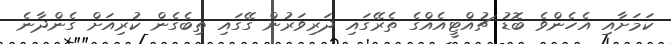
ކަމަށާއި އެހެންވެ ބޮޑު ޗުއްޓީއެއްގެ ތެރޭގައި ދަރިވަރުން ގޭގައި ތިބެގެން ކުރިއަށް ގެންދާނެ